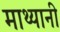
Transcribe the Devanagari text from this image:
माथ्यानी